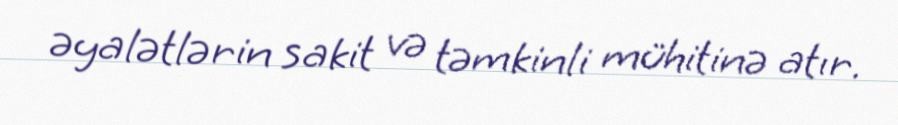
əyalətlərin sakit və təmkinli mühitinə atır.